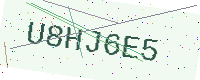
Text: U8HJ6E5